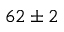
6 2 \pm 2